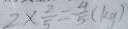
2 \times \frac { 2 } { 5 } = \frac { 4 } { 5 } ( k g )